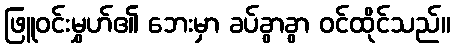
ဖြူဝင်းမွှဟ်၏ ဘေးမှာ ခပ်ခွာခွာ ဝင်ထိုင်သည်။